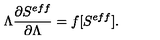
\Lambda \frac { \partial S ^ { e f f } } { \partial \Lambda } = f [ S ^ { e f f } ] .